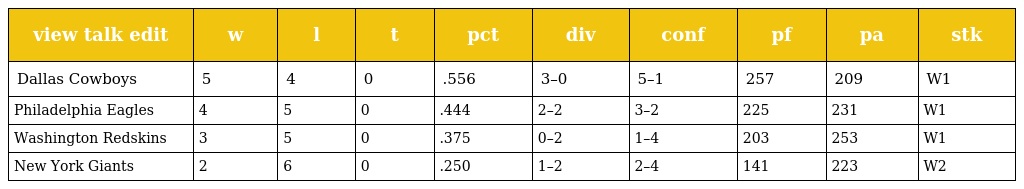
| view talk edit | w | l | t | pct | div | conf | pf | pa | stk |
 | --- | --- | --- | --- | --- | --- | --- | --- | --- | --- |
 | Dallas Cowboys | 5 | 4 | 0 | .556 | 3–0 | 5–1 | 257 | 209 | W1 |
 | Philadelphia Eagles | 4 | 5 | 0 | .444 | 2–2 | 3–2 | 225 | 231 | W1 |
 | Washington Redskins | 3 | 5 | 0 | .375 | 0–2 | 1–4 | 203 | 253 | W1 |
 | New York Giants | 2 | 6 | 0 | .250 | 1–2 | 2–4 | 141 | 223 | W2 |